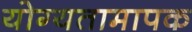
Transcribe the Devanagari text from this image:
योग्यतामापक